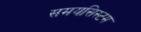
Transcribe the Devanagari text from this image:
समयसिस्टम